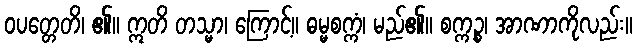
ဝပတ္တေတိ၊ ၏။ ဣတိ တသ္မာ၊ ကြောင့်။ ဓမ္မစက္ကံ၊ မည်၏။ စက္ကဉ္စ၊ အာဏာကိုလည်း။